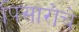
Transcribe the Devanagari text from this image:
पिसारोचे